Assam Mental Hospital (Tezpur, India) - 1933-1948
Year: 1933
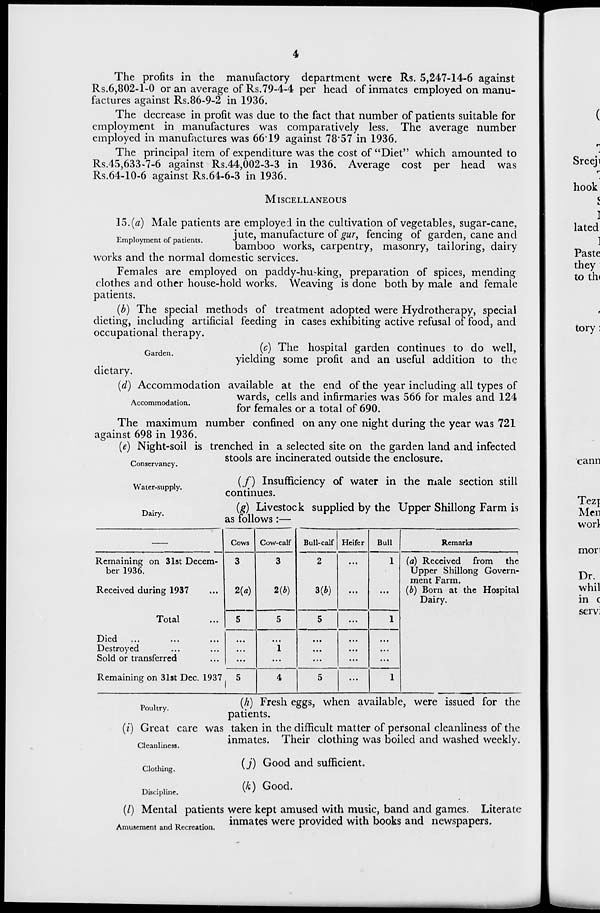
4
The profits in the manufactory department were Rs. 5,247-14-6 against
Rs.6,802-1-0 or an average of Rs.79-4-4 per head of inmates employed on manu-
factures against Rs.86-9-2 in 1936.
The decrease in profit was due to the fact that number of patients suitable for
employment in manufactures was comparatively less. The average number
employed in manufactures was 66.19 against 78.57 in 1936.
The principal item of expenditure was the cost of "Diet" which amounted to
Rs.45,633-7-6 against Rs.44,002-3-3 in 1936. Average cost per head was
Rs.64-10-6 against Rs.64-6-3 in 1936.
MISCELLANEOUS
Employment of patients.
15. (a) Male patients are employed in the cultivation of vegetables, sugar-cane,
jute, manufacture of gur, fencing of garden, cane and
bamboo works, carpentry, masonry, tailoring, dairy
works and the normal domestic services.
Females are employed on paddy-husking, preparation of spices, mending
clothes and other house-hold works. Weaving is done both by male and female
patients.
(b) The special methods of treatment adopted were Hydrotherapy, special
dieting, including artificial feeding in cases exhibiting active refusal of food, and
occupational therapy.
Garden.
(c) The hospital garden continues to do well,
yielding some profit and an useful addition to the
dietary.
Accommodation.
(d) Accommodation available at the end of the year including all types of
wards, cells and infirmaries was 566 for males and 124
for females or a total of 690.
The maximum number confined on any one night during the year was 721
against 698 in 1936.
Conservancy.
(e) Night-soil is trenched in a selected site on the garden land and infected
stools are incinerated outside the enclosure.
Water-supply.
(f) Insufficiency of water in the male section still
continues.
Dairy.
(g) Livestock supplied by the Upper Shillong Farm is
as follows:—
—
Remaining on 31st Decem-
ber 1936.
Received during 1937 ...
Total ...
Died ... ... ...
Destroyed ... ...
Sold or transferred ...
Remaining on 31st Dee. 1937
Cows
3
2(a)
5
...
...
...
5
Cow-calf
3
2(b)
5
...
1
...
4
Bull-calf
2
3(b)
5
...
...
...
5
Heifer
...
...
...
...
...
...
...
Bull
1
..
1
...
...
...
1
Remarks
(a) Received from the
Upper Shillong Govern-
ment Farm.
(b) Born at the Hospital
Dairy.
Poultry.
(h) Fresh eggs, when available, were issued for the
patients.
Cleanliness.
(i) Great care was taken in the difficult matter of personal cleanliness of the
inmates. Their clothing was boiled and washed weekly.
Clothing.
(j) Good and sufficient.
Discipline.
(k) Good.
Amusement and Recreation.
(l) Mental patients were kept amused with music, band and games. Literate
inmates were provided with books and newspapers.